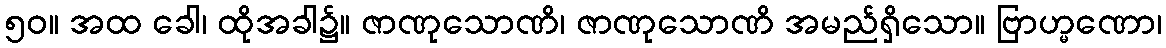
၅၀။ အထ ခေါ၊ ထိုအခါ၌။ ဇာဏုသောဏိ၊ ဇာဏုသောဏိ အမည်ရှိသော။ ဗြာဟ္မဏော၊